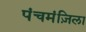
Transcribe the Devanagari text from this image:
पंचमंज़िला